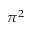
\pi ^ { 2 }